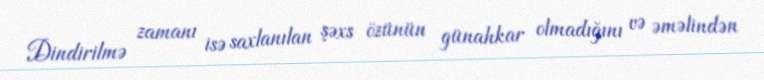
Dindirilmə zamanı isə saxlanılan şəxs özünün günahkar olmadığını və əməlindən